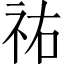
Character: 祐